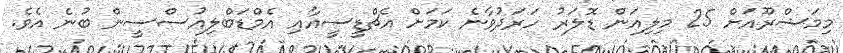
މިމަޝްރޫއަށް 25 މިލިއަން ޑޮލަރު ހަރަދުވާނެ ކަމަށް އެޗްޑީސީއާއި އެމްޑަބްލިއުސްސީން ބުނެ އެވެ.